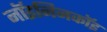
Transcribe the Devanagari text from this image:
नॉइनिनकॉइ